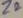
Text: Z2